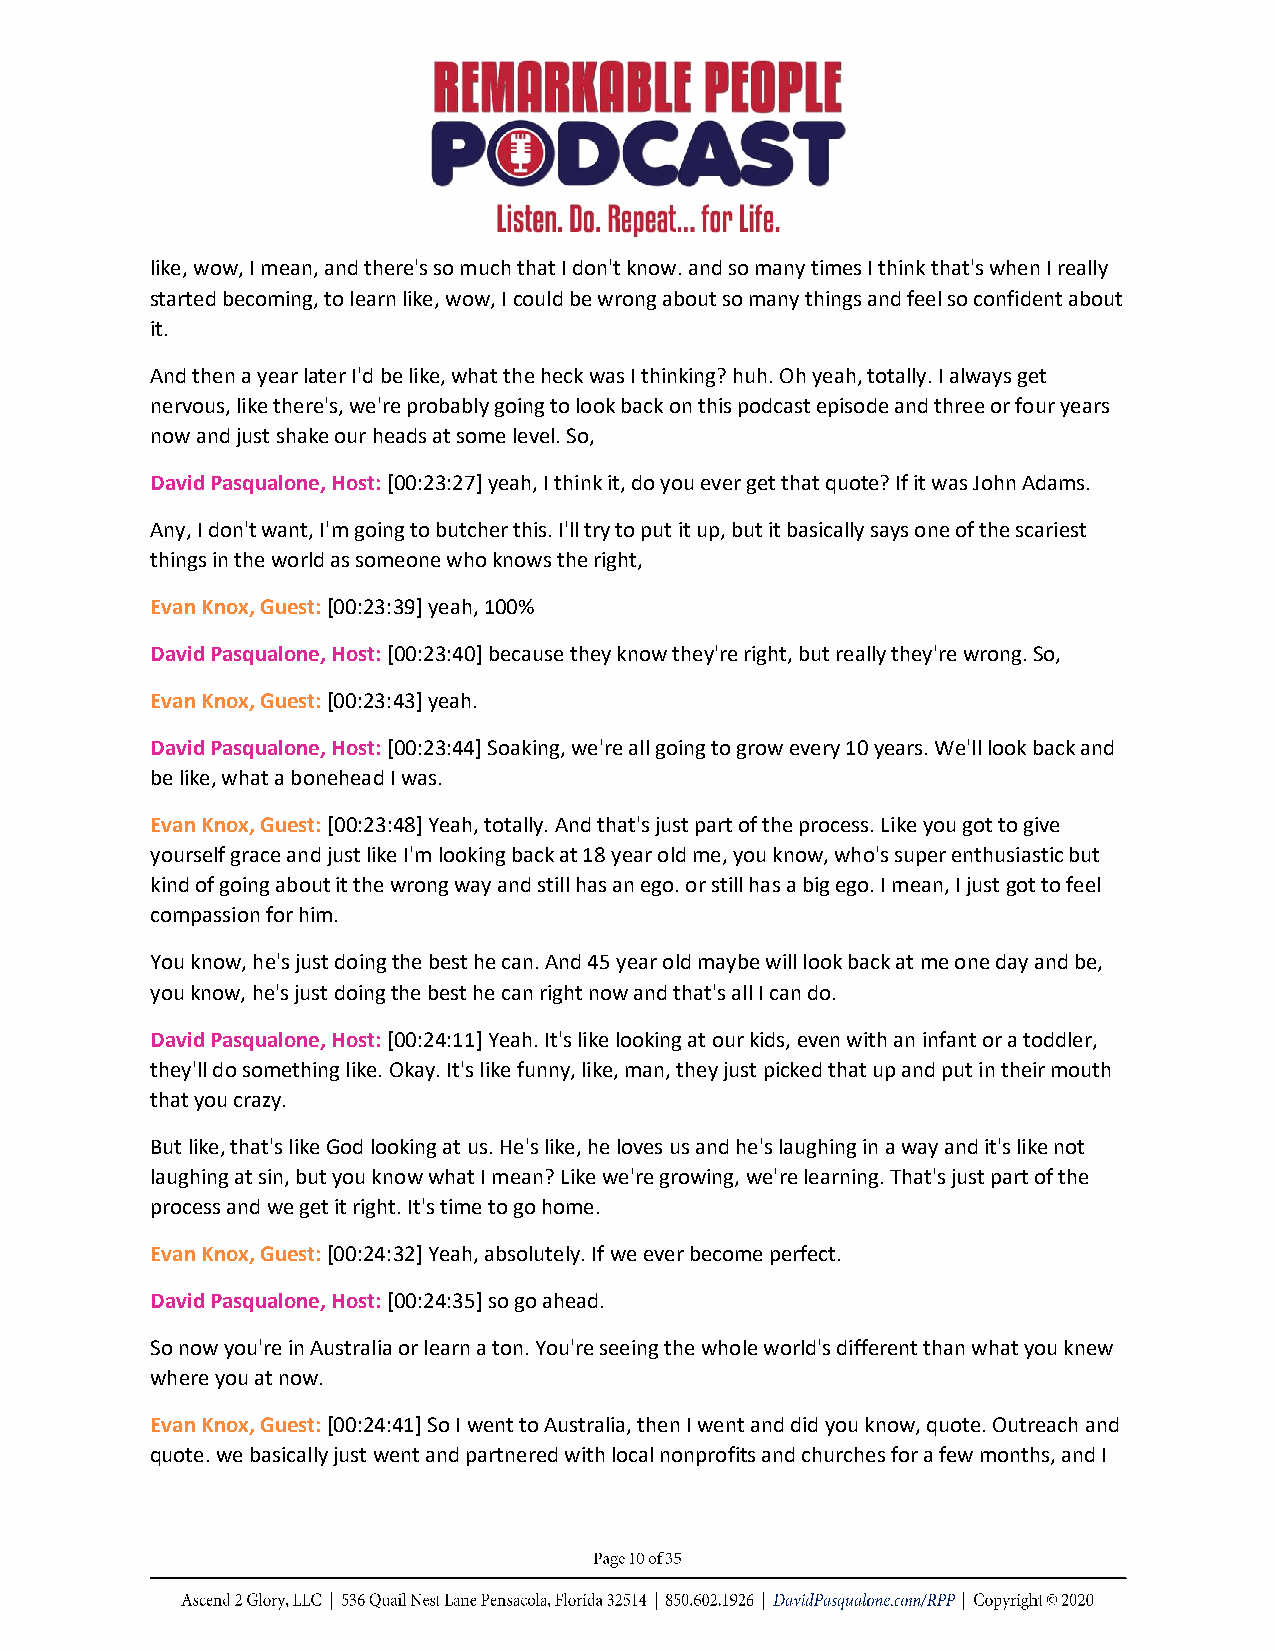
like, wow, I mean, and there's so much that I don't know. and so many times I think that's when I really
 started becoming, to learn like, wow, I could be wrong about so many things and feel so confident about
 it.
 And then a year later I'd be like, what the heck was I thinking? huh. Oh yeah, totally. I always get
 nervous, like there's, we're probably going to look back on this podcast episode and three or four years
 now and just shake our heads at some level. So,
 David Pasqualone, Host: [00:23:27] yeah, I think it, do you ever get that quote? If it was John Adams.
 Any, I don't want, I'm going to butcher this. I'll try to put it up, but it basically says one of the scariest
 things in the world as someone who knows the right,
 Evan Knox, Guest: [00:23:39] yeah, 100%
 David Pasqualone, Host: [00:23:40] because they know they're right, but really they're wrong. So,
 Evan Knox, Guest: [00:23:43] yeah.
 David Pasqualone, Host: [00:23:44] Soaking, we're all going to grow every 10 years. We'll look back and
 be like, what a bonehead I was.
 Evan Knox, Guest: [00:23:48] Yeah, totally. And that's just part of the process. Like you got to give
 yourself grace and just like I'm looking back at 18 year old me, you know, who's super enthusiastic but
 kind of going about it the wrong way and still has an ego. or still has a big ego. I mean, I just got to feel
 compassion for him.
 You know, he's just doing the best he can. And 45 year old maybe will look back at me one day and be,
 you know, he's just doing the best he can right now and that's all I can do.
 David Pasqualone, Host: [00:24:11] Yeah. It's like looking at our kids, even with an infant or a toddler,
 they'll do something like. Okay. It's like funny, like, man, they just picked that up and put in their mouth
 that you crazy.
 But like, that's like God looking at us. He's like, he loves us and he's laughing in a way and it's like not
 laughing at sin, but you know what I mean? Like we're growing, we're learning. That's just part of the
 process and we get it right. It's time to go home.
 Evan Knox, Guest: [00:24:32] Yeah, absolutely. If we ever become perfect.
 David Pasqualone, Host: [00:24:35] so go ahead.
 So now you're in Australia or learn a ton. You're seeing the whole world's different than what you knew
 where you at now.
 Evan Knox, Guest: [00:24:41] So I went to Australia, then I went and did you know, quote. Outreach and
 quote. we basically just went and partnered with local nonprofits and churches for a few months, and I